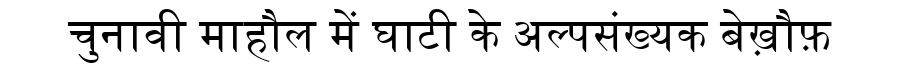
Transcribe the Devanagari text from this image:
चुनावी माहौल में घाटी के अल्पसंख्यक बेख़ौफ़